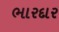
ભારદાર